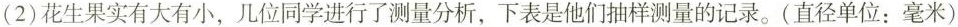
(2)花生果实有大有小，几位同学进行了测量分析，下表是他们抽样测量的记录。(直径单位：毫米)